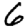
Digit: 6